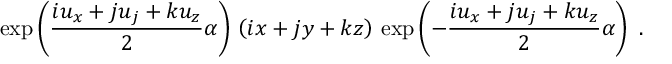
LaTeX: \exp \left( \frac { i u _ { x } + j u _ { j } + k u _ { z } } { 2 } \alpha \right) \, \left( i x + j y + k z \right) \, \exp \left( - \frac { i u _ { x } + j u _ { j } + k u _ { z } } { 2 } \alpha \right) ~ .